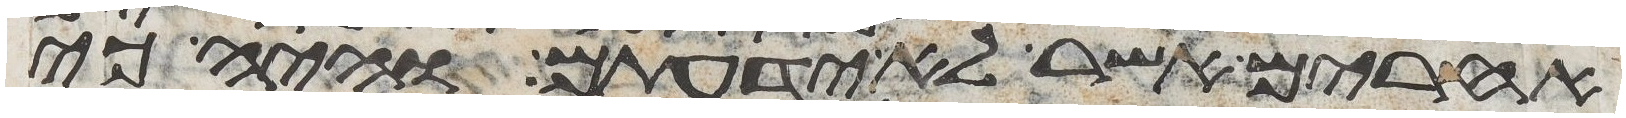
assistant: אחרים אשר לא ידעתם והיה כי